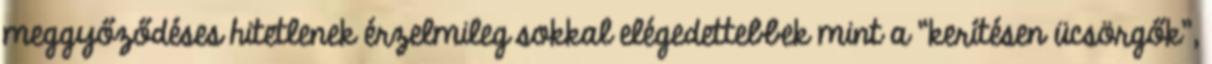
meggyőződéses hitetlenek érzelmileg sokkal elégedettebbek mint a “kerítésen ücsörgők”,